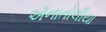
ઍનાતોલીયા